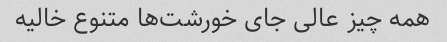
همه چیز عالی جای خورشت‌ها متنوع خالیه